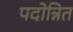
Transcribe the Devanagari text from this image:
पदोन्नित